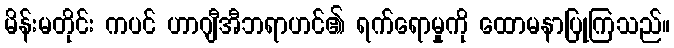
မိန်းမတိုင်း ကပင် ဟာဂျီအီဘရာဟင်၏ ရက်ရောမှုကို ထောမနာပြုကြသည်။